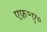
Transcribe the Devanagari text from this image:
एफ़॰ए॰